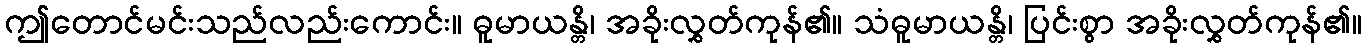
ဤတောင်မင်းသည်လည်းကောင်း။ ဓူမာယန္တိ၊ အခိုးလွှတ်ကုန်၏။ သံဓူမာယန္တိ၊ ပြင်းစွာ အခိုးလွှတ်ကုန်၏။